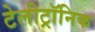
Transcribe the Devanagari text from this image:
टेलीट्रॉनिक